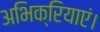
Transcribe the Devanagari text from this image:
अभिक्रियाएं।